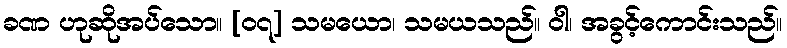
ခဏ ဟုဆိုအပ်သော။ [၀၇] သမယော၊ သမယသည်။ ဝါ၊ အခွင့်ကောင်းသည်။